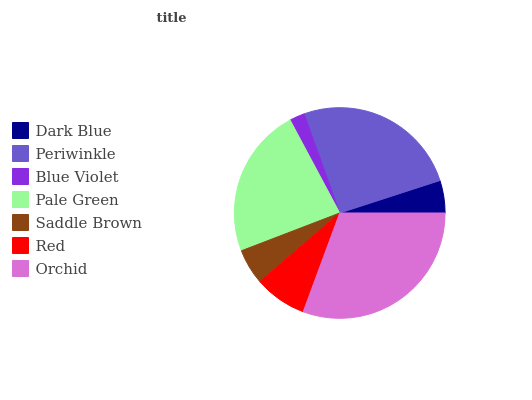
| Dark Blue | Periwinkle | Blue Violet | Pale Green | Saddle Brown | Red | Orchid |
 | --- | --- | --- | --- | --- | --- | --- |
 | 4.98% | 25.5% | 2.33% | 23.1% | 5.46% | 8.07% | 30.6% |